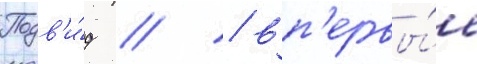
Подв'и́д // / вп'ервы́е